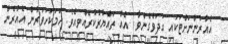
އެއުރެންނަށްޓަކައި ގަދަވެގެންވާ  އެއް ތައްޔާރުކުރެއްވިއެވެ. ހަމަކަށަވަރުން އެއުރެން